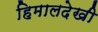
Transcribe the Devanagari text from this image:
हिमालदेखी